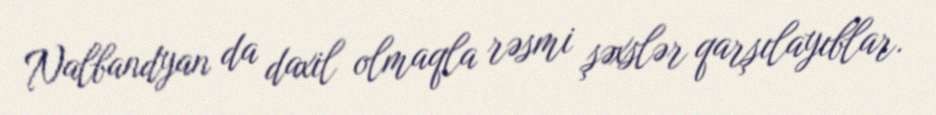
Nalbandyan da daxil olmaqla rəsmi şəxslər qarşılayıblar.